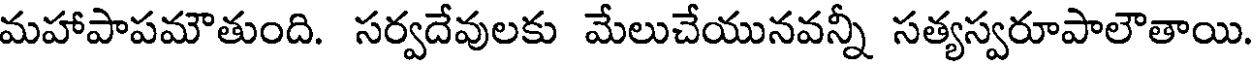
మహాపాపమౌతుంది. సర్వదేవులకు మేలుచేయునవన్నీ సత్యస్వరూపాలౌతాయి